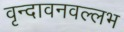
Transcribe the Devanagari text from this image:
वृन्दावनवल्लभ